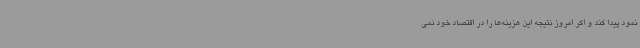
نمود پیدا کند و اگر امروز نتیجه این هزینه‌ها را در اقتصاد خود نمی